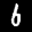
Label: 6